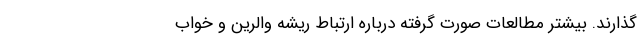
گذارند. بیشتر مطالعات صورت گرفته درباره ارتباط ریشه والرین و خواب